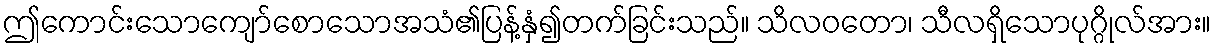
ဤကောင်းသောကျော်စောသောအသံ၏ပြန့်နှံ၍တက်ခြင်းသည်။ သိလဝတော၊ သီလရှိသောပုဂ္ဂိုလ်အား။